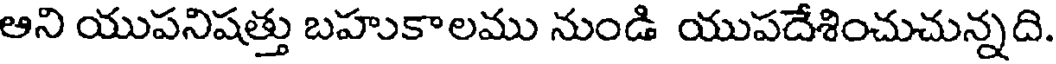
ఆని యుపనిషత్తు బహుకాలము నుండి యుపదేశించుచున్నది.